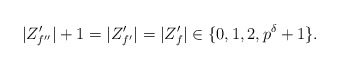
\begin{align*}|Z'_{f''}|+1 = |Z'_{f'}| = |Z'_f| \in \{ 0, 1, 2, p^\delta + 1\}.\end{align*}